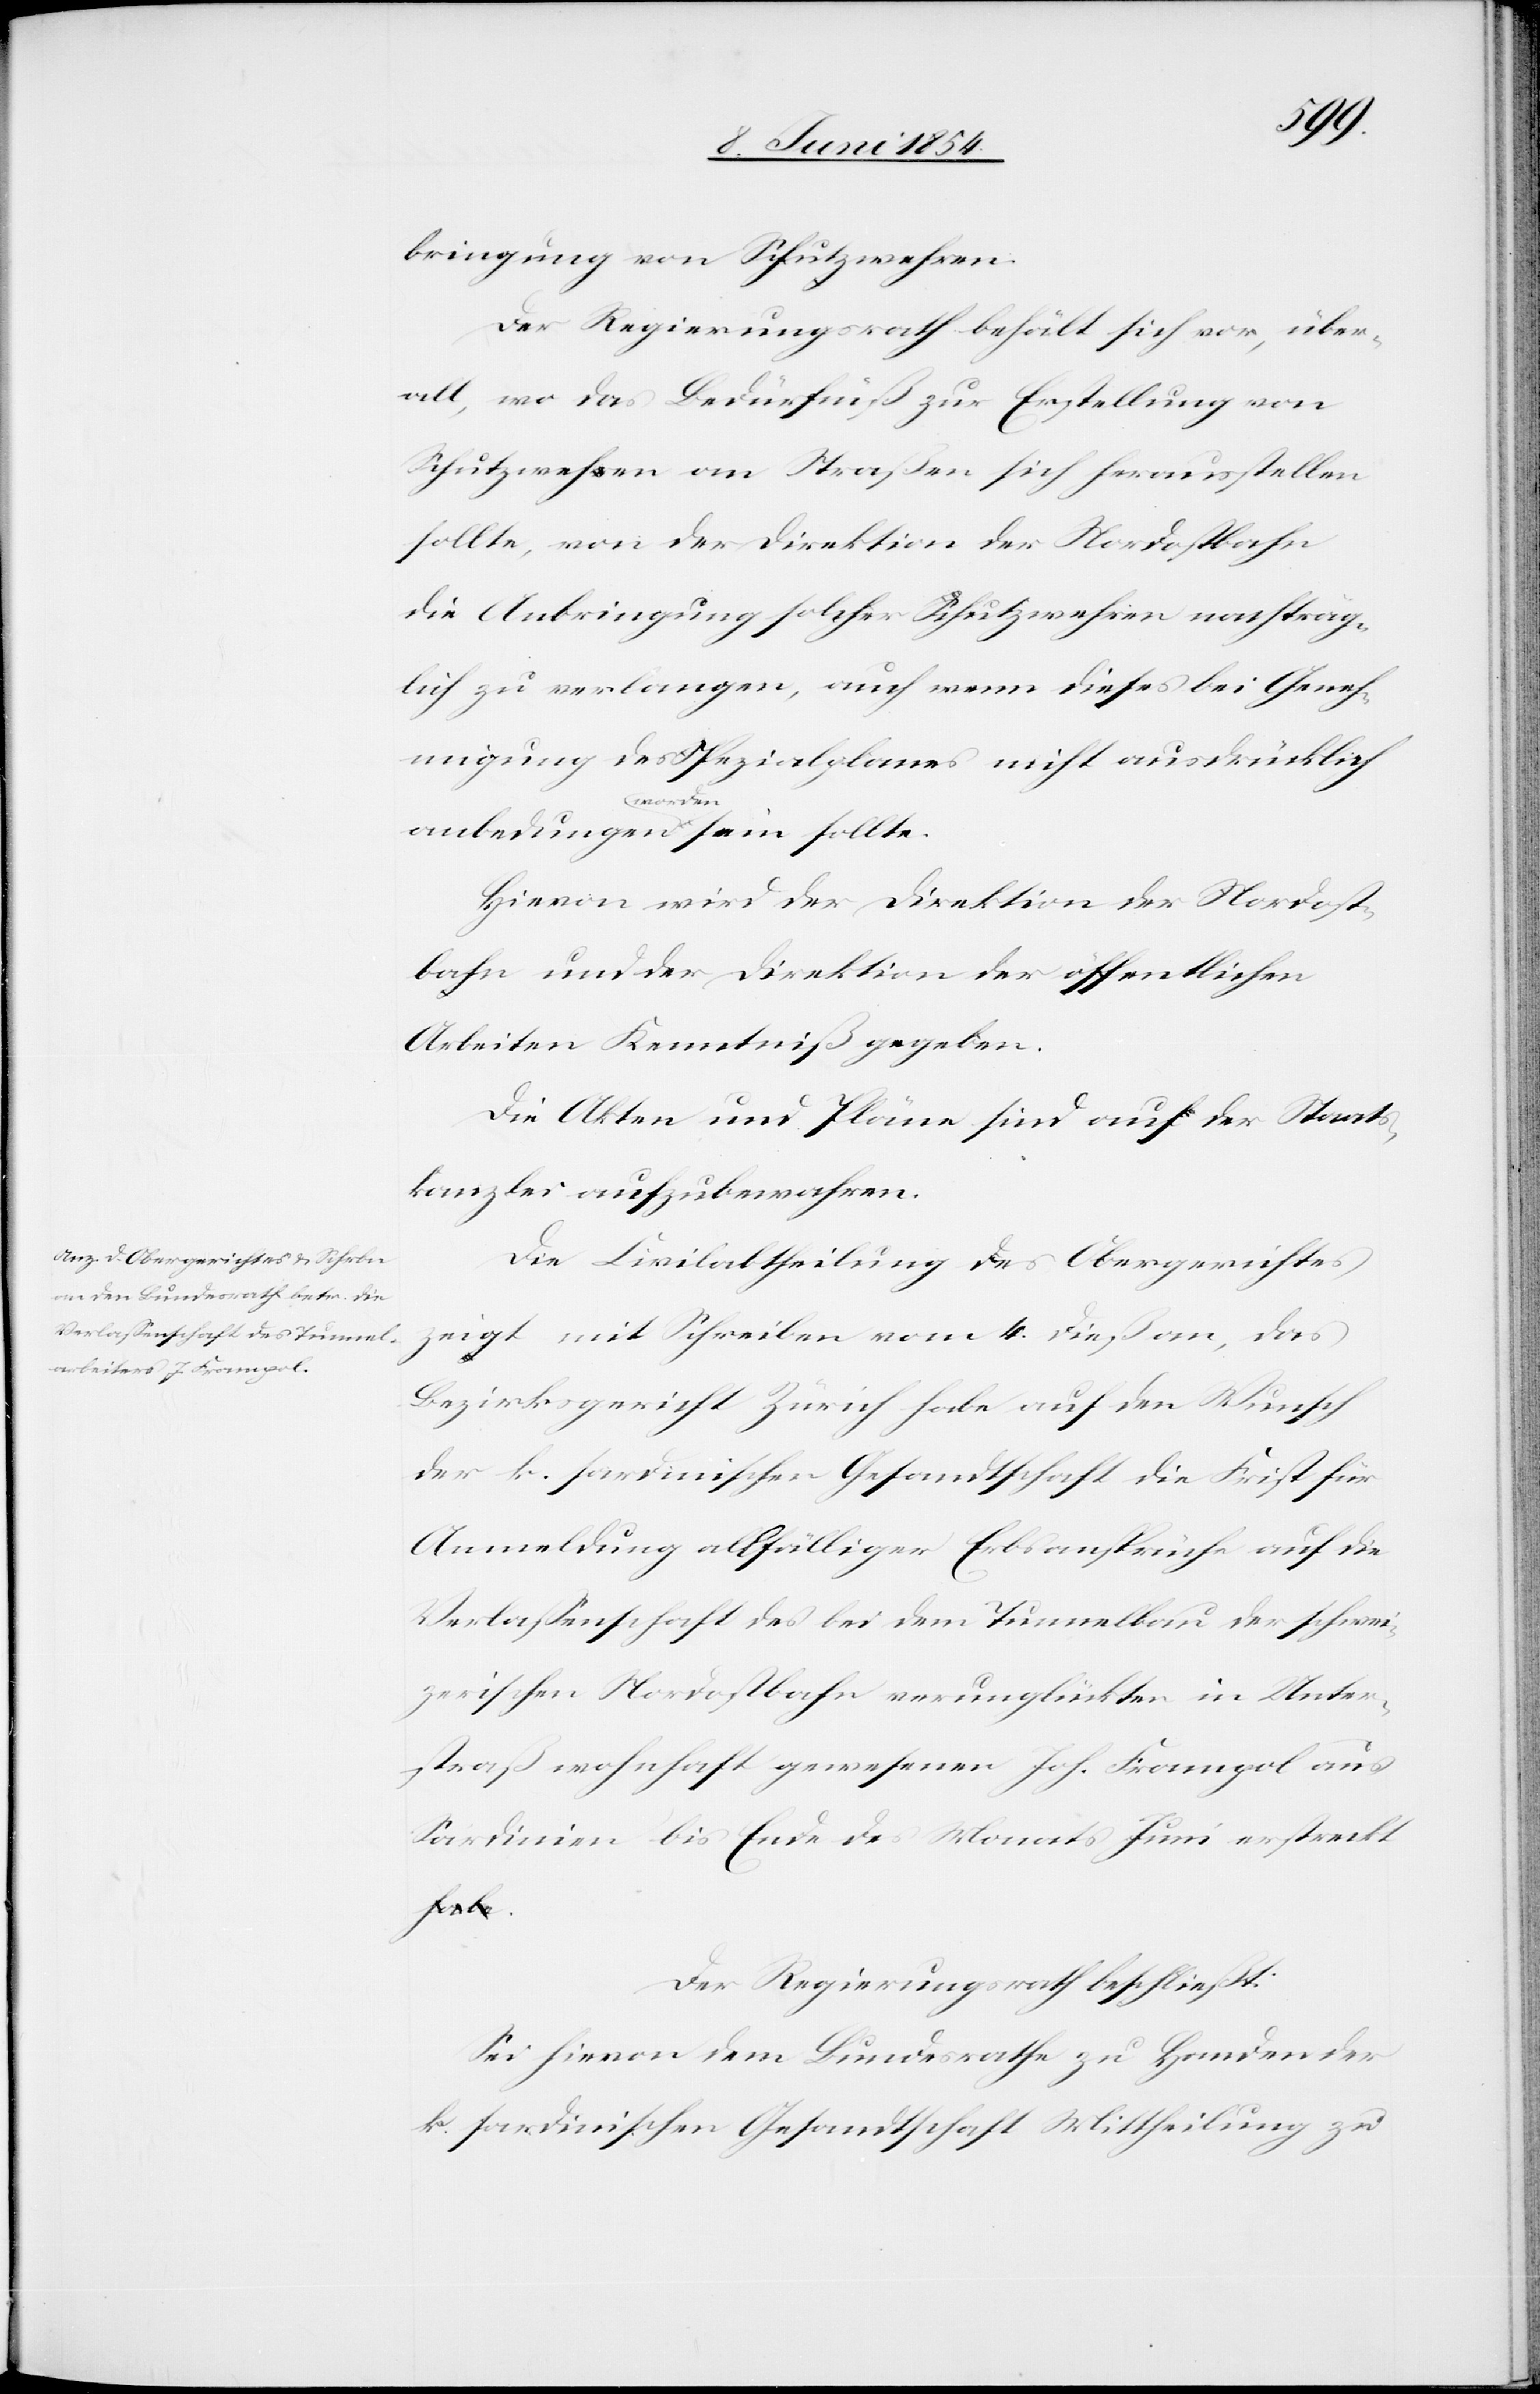
bringung von Schutzwehren.
Der Regierungsrath behält sich vor, über¬
all, wo das Bedürfniß zur Erstellung von
Schutzwehren an Straßen sich herausstellen
sollte, von der Direktion der Nordostbahn
die Anbringung solcher Schutzwehren nachträg¬
lich zu verlangen, auch wenn dieses bei Geneh¬
migung des Spezialplanes nicht ausdrücklich
Hievon wird der Direktion der Nordost¬
bahn und der Direktion der öffentlichen
Arbeiten Kenntniß gegeben.
Die Akten und Pläne sind auf der Staats¬
kanzlei aufzubewahren.
Die Civilabtheilung des Obergerichtes
zeigt mit Schreiben vom 4. dieß an, das
Bezirksgericht Zürich habe auf den Wunsch
der k. sardinischen Gesandtschaft die Frist für
Anmeldung allfälliger Erbsansprüche auf die
Verlaßenschaft des bei dem Tunnelbau der schwei¬
zerischen Nordostbahn verunglückten in Unter¬
straß wohnhaft gewesenen Joh. Frampol aus
Sardinien bis Ende des Monats Juni erstreckt.
sollte.
Der Regierungsrath beschließt:
Sei hievon dem Bundesrathe zu Handen der
k. sardinischen Gesandtschaft Mittheilung zu